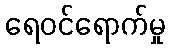
ရေဝင်ရောက်မှု